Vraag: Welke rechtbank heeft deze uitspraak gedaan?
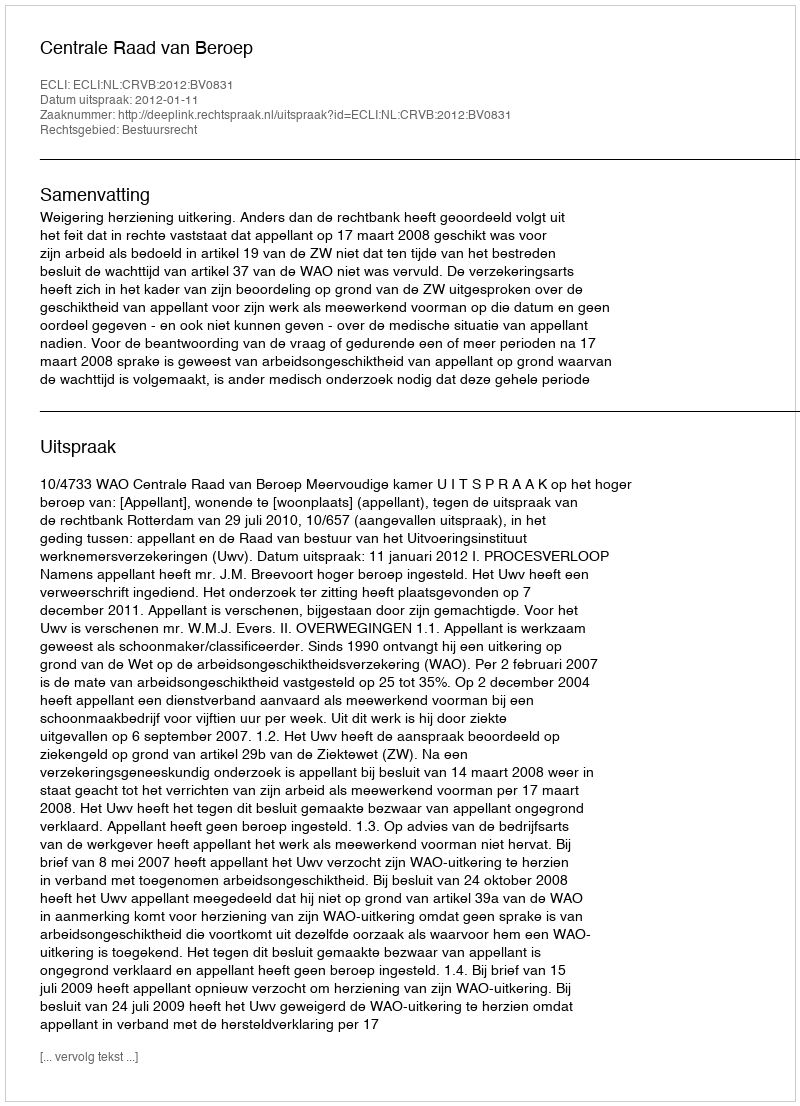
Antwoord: Centrale Raad van Beroep